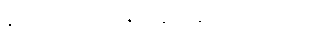
နယ်သားတော့ သေနတ်နှင့် ပစ်အသတ်ပဲ